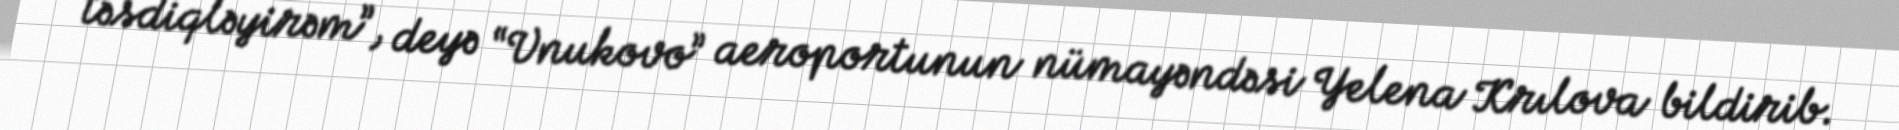
təsdiqləyirəm”, deyə “Vnukovo” aeroportunun nümayəndəsi Yelena Krılova bildirib.